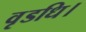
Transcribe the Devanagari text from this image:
वृडधि।